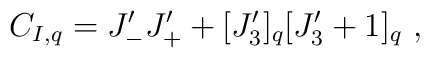
C_{I,q}=J^\prime_- J^\prime_++[J_3^\prime]_q[J_3^\prime+1]_q~,